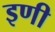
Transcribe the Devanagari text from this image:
इणी